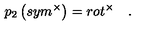
p _ { 2 } \left( s y m ^ { \times } \right) = r o t ^ { \times } \quad .